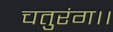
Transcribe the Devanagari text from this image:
चतुरंग।।